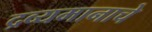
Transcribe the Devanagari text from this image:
द्रव्यमानाचे